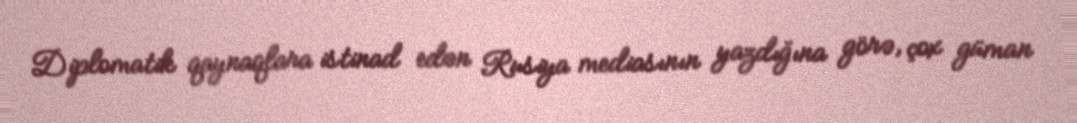
Diplomatik qaynaqlara istinad edən Rusiya mediasının yazdığına görə, çox güman